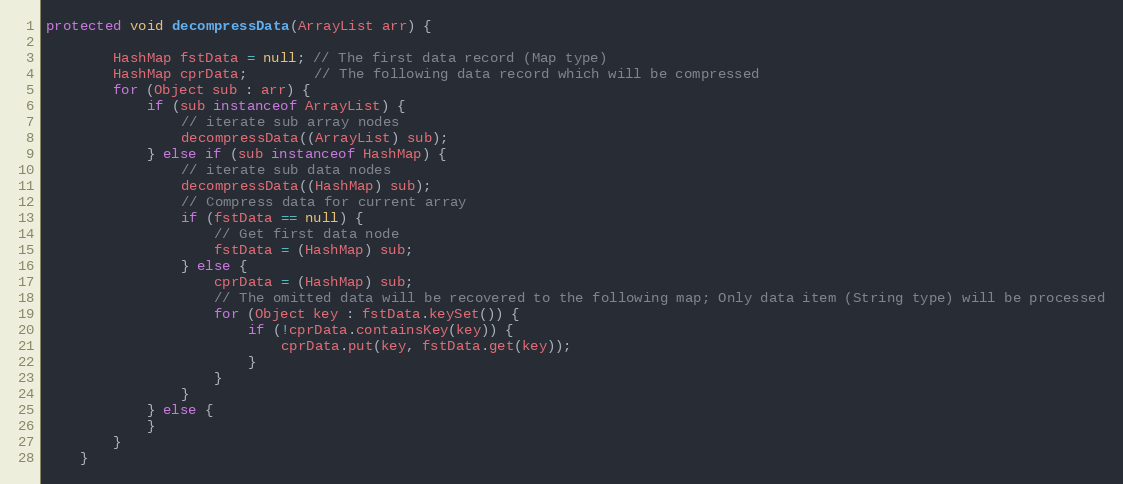
Language: Java
protected void decompressData(ArrayList arr) {

        HashMap fstData = null; // The first data record (Map type)
        HashMap cprData;        // The following data record which will be compressed
        for (Object sub : arr) {
            if (sub instanceof ArrayList) {
                // iterate sub array nodes
                decompressData((ArrayList) sub);
            } else if (sub instanceof HashMap) {
                // iterate sub data nodes
                decompressData((HashMap) sub);
                // Compress data for current array
                if (fstData == null) {
                    // Get first data node
                    fstData = (HashMap) sub;
                } else {
                    cprData = (HashMap) sub;
                    // The omitted data will be recovered to the following map; Only data item (String type) will be processed
                    for (Object key : fstData.keySet()) {
                        if (!cprData.containsKey(key)) {
                            cprData.put(key, fstData.get(key));
                        }
                    }
                }
            } else {
            }
        }
    }